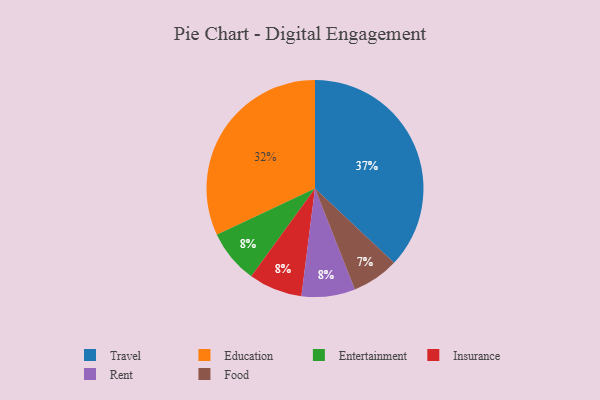
{"axis": {"x": "Category", "y": "Percentage"}, "legend": ["Education", "Entertainment", "Food", "Insurance", "Rent", "Travel"], "data": [{"x": "Education", "y": 32, "type": "Education"}, {"x": "Entertainment", "y": 8, "type": "Entertainment"}, {"x": "Food", "y": 7, "type": "Food"}, {"x": "Travel", "y": 37, "type": "Travel"}, {"x": "Insurance", "y": 8, "type": "Insurance"}, {"x": "Rent", "y": 8, "type": "Rent"}]}